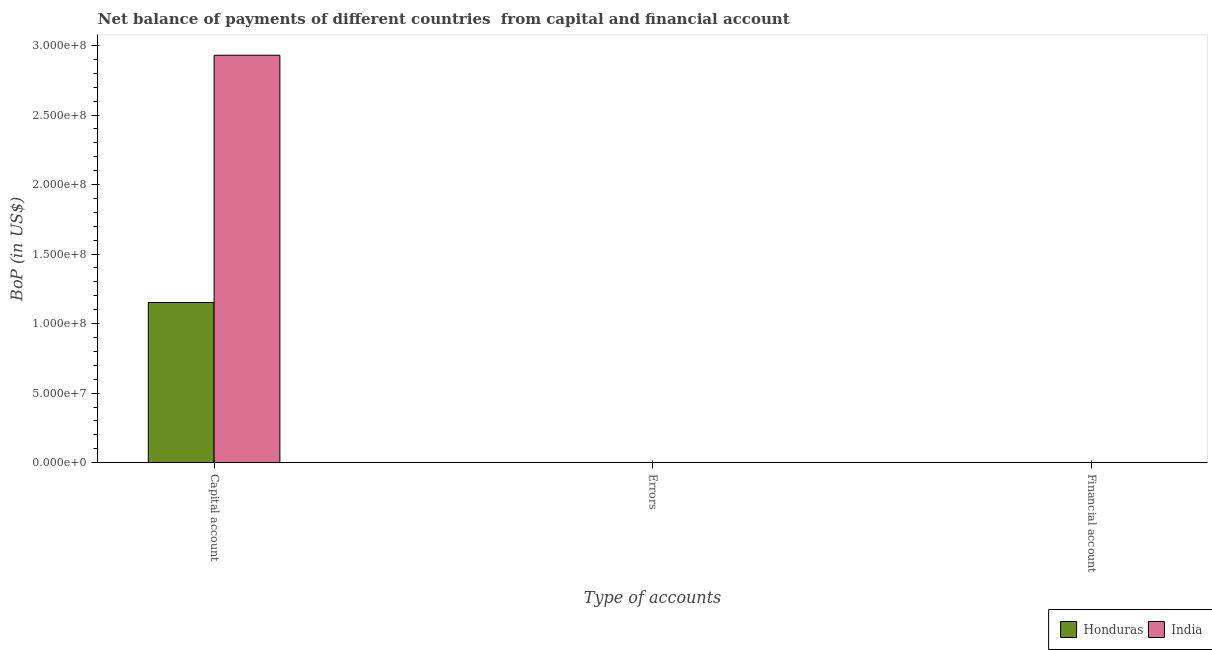
| Type of accounts | Honduras | India |
 | --- | --- | --- |
 | Capital account | 1.15e+08 | 2.93e+08 |
 | Errors | -7.65e+07 | -2.79e+08 |
 | Financial account | -5.19e+08 | -2.62e+10 |